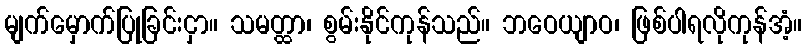
မျက်မှောက်ပြုခြင်းငှာ။ သမတ္ထာ၊ စွမ်းနိုင်ကုန်သည်။ ဘဝေယျာဝ၊ ဖြစ်ပါရလိုကုန်အံ့။